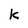
Character: k